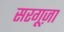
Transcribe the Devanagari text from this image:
सरगूज़ा